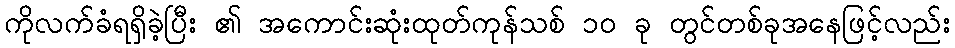
ကိုလက်ခံရရှိခဲ့ပြီး ၏ အကောင်းဆုံးထုတ်ကုန်သစ် ၁၀ ခု တွင်တစ်ခုအနေဖြင့်လည်း